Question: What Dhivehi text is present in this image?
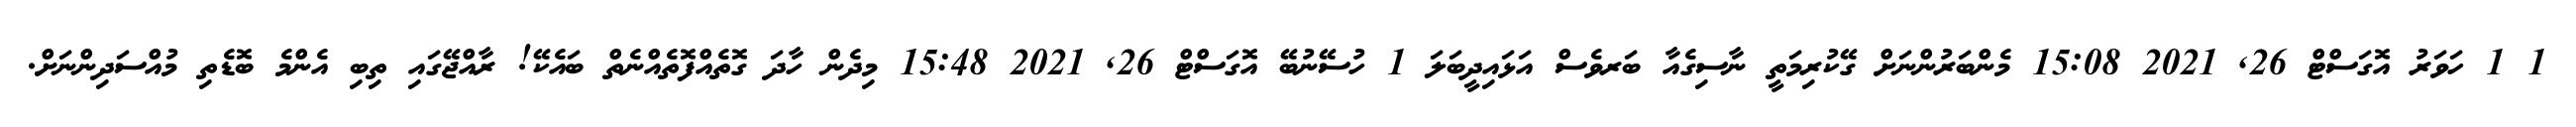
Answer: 1 1 ހަވަރު އޮގަސްޓް 26, 2021 15:08 މެންބަރުންނަށް ގޭކުރިމަތީ ނާސިގެއާ ބަރވެސް އަޅައިދީބަލަ 1 ހުސޭނުބޭ އޮގަސްޓް 26, 2021 15:48 މިދެން ހާދަ ގޮތެއްފޮތެއްނެތް ބައެކޭ! ރާއްޖޭގައި ތިބި އެންމެ ބޮޑެތި މުއްސަދިންނަށް.